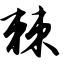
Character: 棘